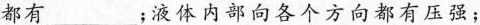
都有_________；液体内部向各个方向都有压强；